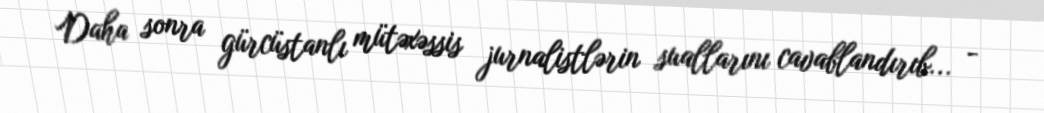
Daha sonra gürcüstanlı mütəxəssis jurnalistlərin suallarını cavablandırıb... -